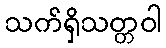
သက်ရှိသတ္တဝါ